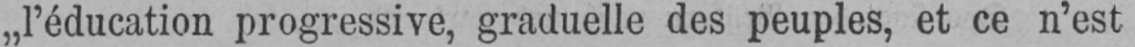
„l’éducation progressive, graduelle des peuples, et ce n’est